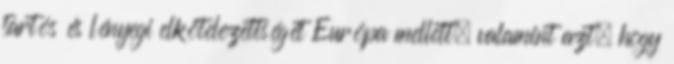
tartós és lényegi elkötelezettségét Európa mellett, valamint azt, hogy